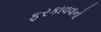
ફરકાવવાનો